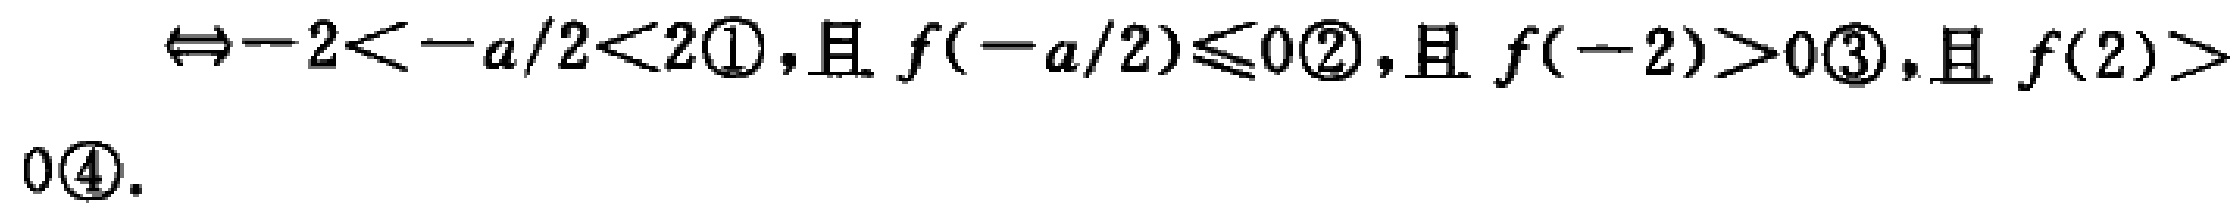
$\Leftrightarrow -2 < -a/2 < 2\textcircled{1},\text{且 }f(-a/2)\leqslant 0\textcircled{2},\text{且 }f(-2)>0\textcircled{3},\text{且 }f(2)>0\textcircled{4}.$